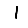
Digit: 1